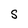
Character: S